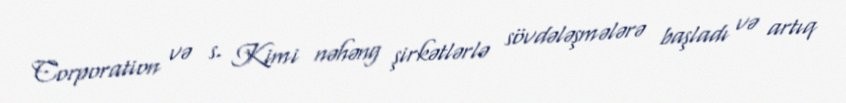
Corporation və s. Kimi nəhəng şirkətlərlə sövdələşmələrə başladı və artıq